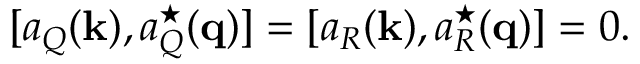
[ a _ { Q } ( { \bf k } ) , a _ { Q } ^ { \star } ( { \bf q } ) ] = [ a _ { R } ( { \bf k } ) , a _ { R } ^ { \star } ( { \bf q } ) ] = 0 .